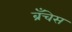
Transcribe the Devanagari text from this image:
ब्रँचेस